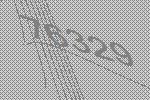
76329